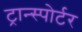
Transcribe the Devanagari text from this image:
ट्रान्स्पोर्टर